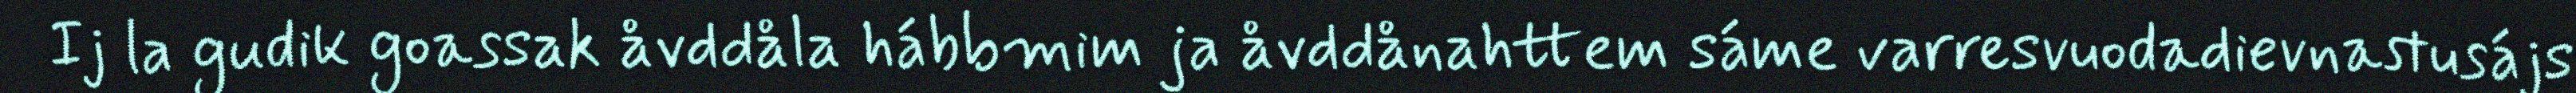
Ij la gudik goassak åvddåla hábbmim ja åvddånahttem sáme varresvuodadievnastusájs